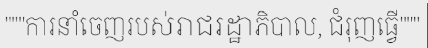
"""ការនាំចេញរបស់រាជរដ្ឋាភិបាល, ជំរុញធ្វើ"""